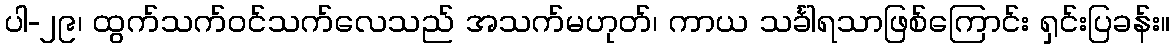
ပါ-၂၉၊ ထွက်သက်ဝင်သက်လေသည် အသက်မဟုတ်၊ ကာယ သင်္ခါရသာဖြစ်ကြောင်း ရှင်းပြခန်း။